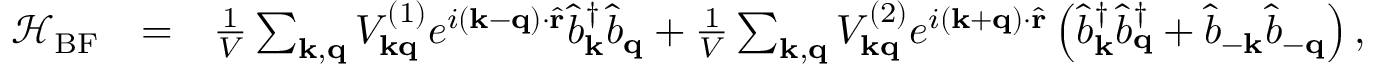
\begin{array} { r l r } { \mathcal { H } _ { \mathrm { B F } } } & { = } & { \frac { 1 } { V } \sum _ { \mathbf { k , q } } V _ { \mathbf { k q } } ^ { ( 1 ) } e ^ { i \left( \mathbf { k - q } \right) \cdot \hat { \mathbf { r } } } \hat { b } _ { \mathbf { k } } ^ { \dagger } \hat { b } _ { \mathbf { q } } + \frac { 1 } { V } \sum _ { \mathbf { k , q } } V _ { \mathbf { k q } } ^ { ( 2 ) } e ^ { i \left( \mathbf { k + q } \right) \cdot \hat { \mathbf { r } } } \left( \hat { b } _ { \mathbf { k } } ^ { \dagger } \hat { b } _ { \mathbf { q } } ^ { \dagger } + \hat { b } _ { \mathbf { - k } } \hat { b } _ { \mathbf { - q } } \right) , } \end{array}